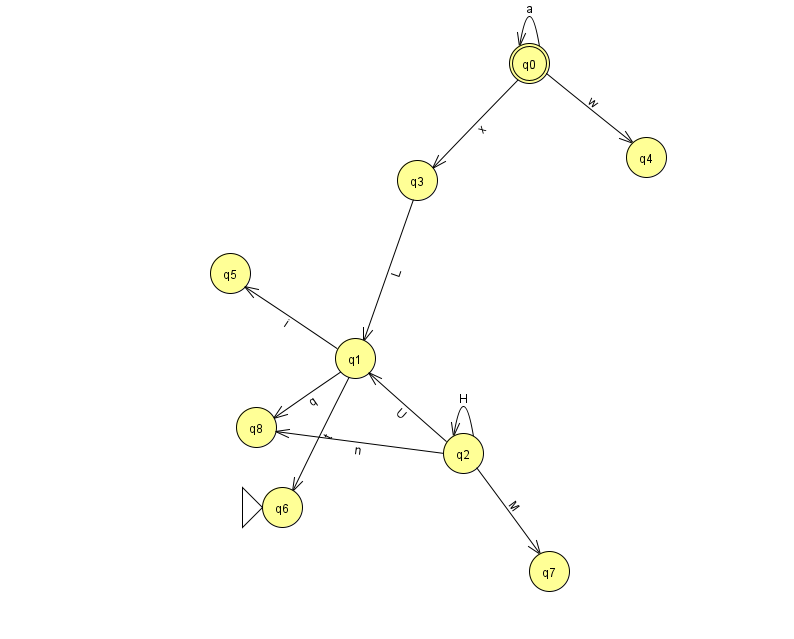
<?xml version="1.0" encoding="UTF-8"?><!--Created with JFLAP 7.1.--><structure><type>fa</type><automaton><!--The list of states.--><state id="0" name="q0"><x>529.0</x><y>50.0</y><final/></state><state id="1" name="q1"><x>355.0</x><y>345.0</y></state><state id="2" name="q2"><x>463.0</x><y>440.0</y></state><state id="3" name="q3"><x>417.0</x><y>167.0</y></state><state id="4" name="q4"><x>646.0</x><y>144.0</y></state><state id="5" name="q5"><x>230.0</x><y>260.0</y></state><state id="6" name="q6"><x>282.0</x><y>494.0</y><initial/></state><state id="7" name="q7"><x>549.0</x><y>558.0</y></state><state id="8" name="q8"><x>256.0</x><y>414.0</y></state><!--The list of transitions.--><transition><from>0</from><to>4</to><read>w</read></transition><transition><from>0</from><to>0</to><read>a</read></transition><transition><from>2</from><to>1</to><read>U</read></transition><transition><from>3</from><to>1</to><read>L</read></transition><transition><from>2</from><to>8</to><read>n</read></transition><transition><from>0</from><to>3</to><read>x</read></transition><transition><from>1</from><to>5</to><read>i</read></transition><transition><from>2</from><to>2</to><read>H</read></transition><transition><from>2</from><to>7</to><read>M</read></transition><transition><from>1</from><to>6</to><read>t</read></transition><transition><from>1</from><to>8</to><read>q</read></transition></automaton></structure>